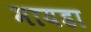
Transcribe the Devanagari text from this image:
मायडा